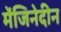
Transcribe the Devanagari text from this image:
मेंजिनेदीन